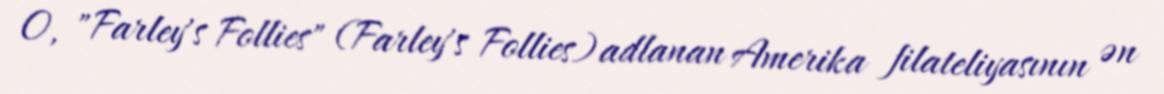
O, "Farley's Follies" (Farley's Follies) adlanan Amerika filateliyasının ən